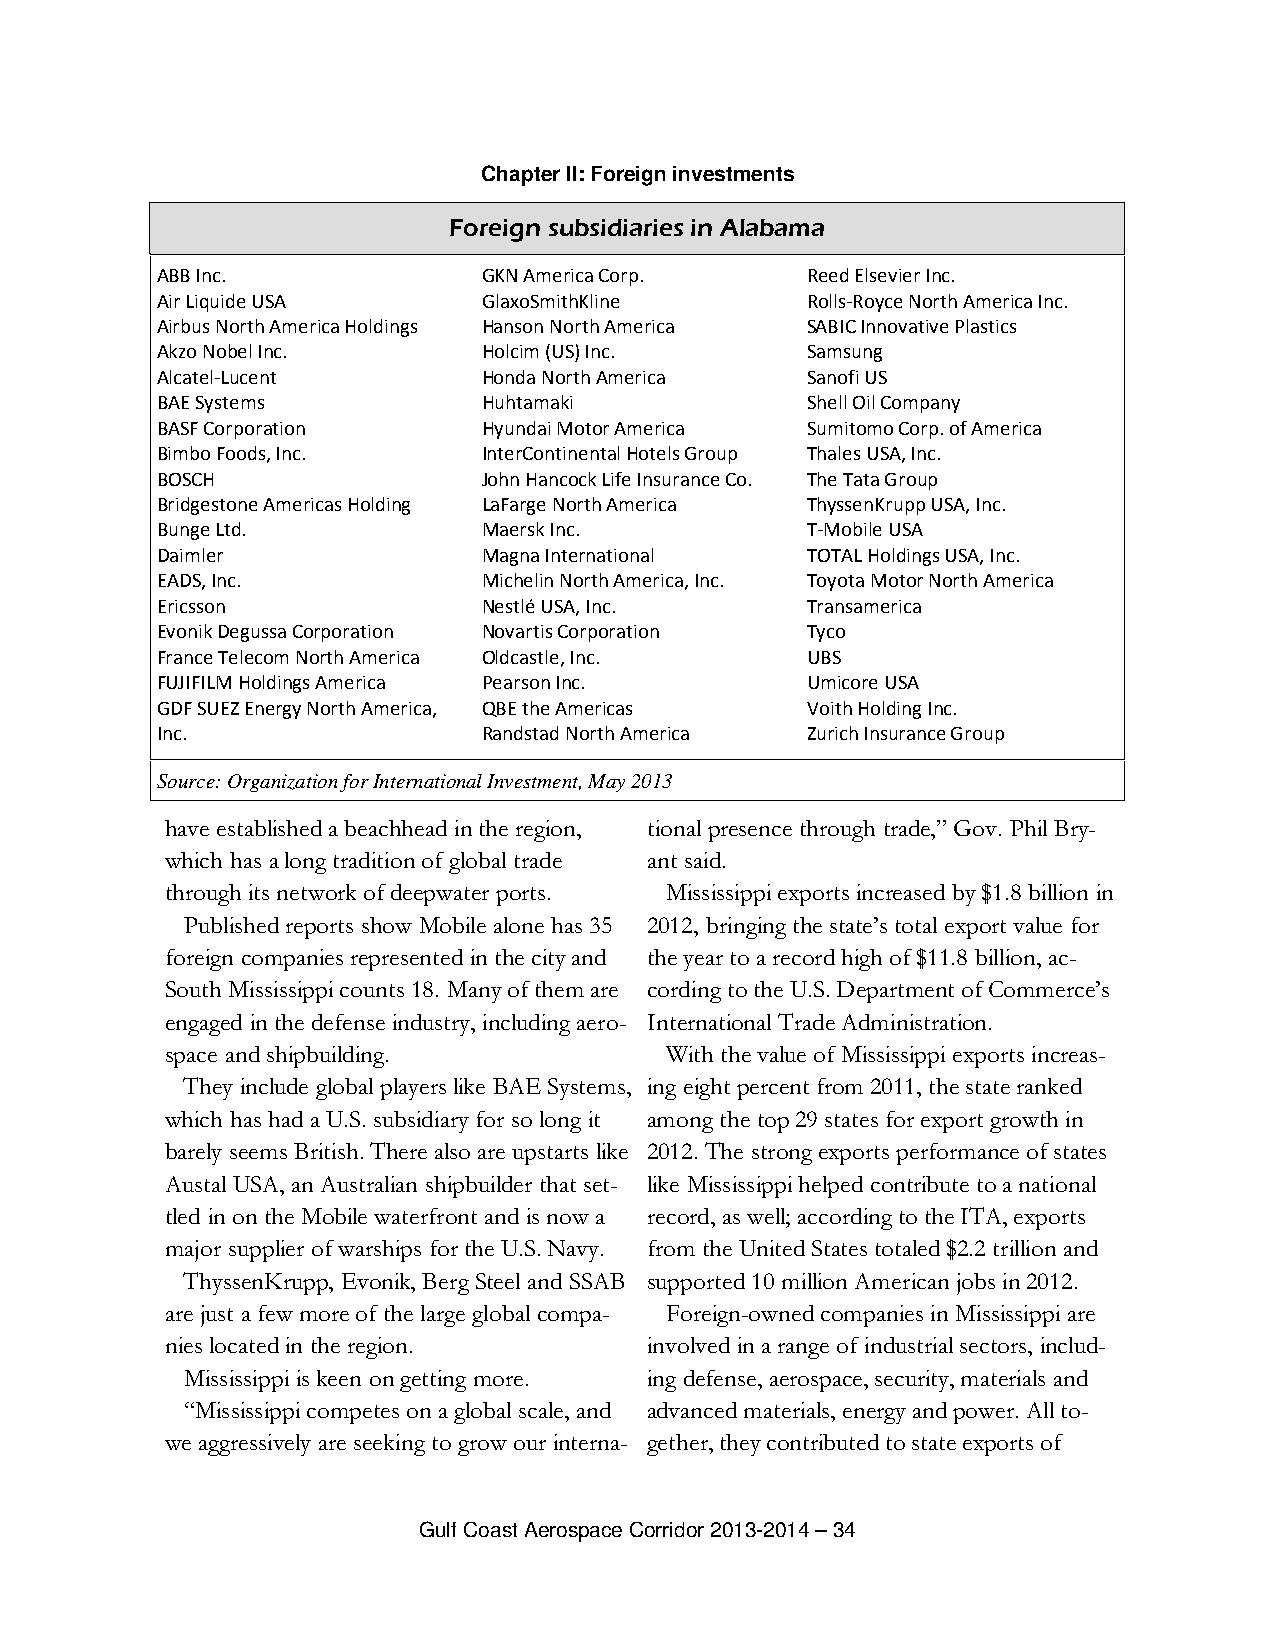
Chapter II: Foreign investments
 Foreign subsidiaries in Alabama
 ABB Inc.              GKN America Corp.    Reed Elsevier Inc.
 Air Liquide USA       GlaxoSmithKline      Rolls-Royce North America Inc.
 Airbus North America Holdings Hanson North America SABIC Innovative Plastics
 Akzo Nobel Inc.       Holcim (US) Inc.     Samsung
 Alcatel-Lucent        Honda North America  Sanofi US
 BAE Systems           Huhtamaki            Shell Oil Company
 BASF Corporation      Hyundai Motor America Sumitomo Corp. of America
 Bimbo Foods, Inc.     InterContinental Hotels Group Thales USA, Inc.
 BOSCH                 John Hancock Life Insurance Co. The Tata Group
 Bridgestone Americas Holding LaFarge North America ThyssenKrupp USA, Inc.
 Bunge Ltd.            Maersk Inc.          T-Mobile USA
 Daimler               Magna International  TOTAL Holdings USA, Inc.
 EADS, Inc.            Michelin North America, Inc. Toyota Motor North America
 Ericsson              Nestlé USA, Inc.     Transamerica
 Evonik Degussa Corporation Novartis Corporation Tyco
 France Telecom North America Oldcastle, Inc. UBS
 FUJIFILM Holdings America Pearson Inc.     Umicore USA
 GDF SUEZ Energy North America, QBE the Americas Voith Holding Inc.
 Inc.                  Randstad North America Zurich Insurance Group
 Source: Organization for International Investment, May 2013
 have established a beachhead in the region, tional presence through trade,” Gov. Phil Bry-
 which has a long tradition of global trade ant said.
 through its network of deepwater ports. Mississippi exports increased by $1.8 billion in
 Published reports show Mobile alone has 35 2012, bringing the state’s total export value for
 foreign companies represented in the city and the year to a record high of $11.8 billion, ac-
 South Mississippi counts 18. Many of them are cording to the U.S. Department of Commerce’s
 engaged in the defense industry, including aero- International Trade Administration.
 space and shipbuilding.          With the value of Mississippi exports increas-
 They include global players like BAE Systems, ing eight percent from 2011, the state ranked
 which has had a U.S. subsidiary for so long it among the top 29 states for export growth in
 barely seems British. There also are upstarts like 2012. The strong exports performance of states
 Austal USA, an Australian shipbuilder that set- like Mississippi helped contribute to a national
 tled in on the Mobile waterfront and is now a record, as well; according to the ITA, exports
 major supplier of warships for the U.S. Navy. from the United States totaled $2.2 trillion and
 ThyssenKrupp, Evonik, Berg Steel and SSAB supported 10 million American jobs in 2012.
 are just a few more of the large global compa- Foreign-owned companies in Mississippi are
 nies located in the region.     involved in a range of industrial sectors, includ-
 Mississippi is keen on getting more. ing defense, aerospace, security, materials and
 “Mississippi competes on a global scale, and advanced materials, energy and power. All to-
 we aggressively are seeking to grow our interna- gether, they contributed to state exports of
 Gulf Coast Aerospace Corridor 2013-2014 – 34